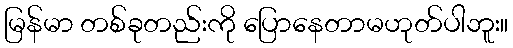
မြန်မာ တစ်ခုတည်းကို ပြောနေတာမဟုတ်ပါဘူး။